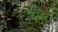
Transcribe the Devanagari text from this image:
बाधों